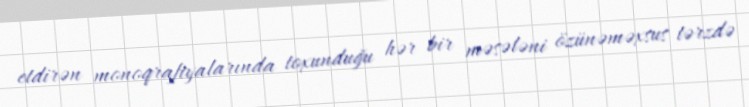
etdirən monoqrafiyalarında toxunduğu hər bir məsələni özünəməxsus tərzdə